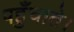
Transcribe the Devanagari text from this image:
पहुँचाते।